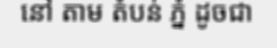
នៅ តាម តំបន់ ភ្នំ ដូចជា